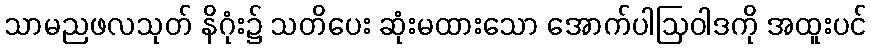
သာမညဖလသုတ် နိဂုံး၌ သတိပေး ဆုံးမထားသော အောက်ပါဩဝါဒကို အထူးပင်